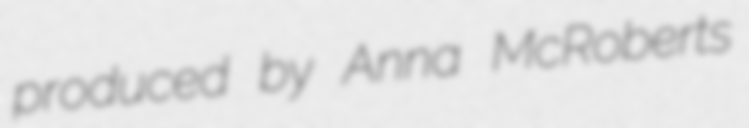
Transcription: produced by Anna McRoberts